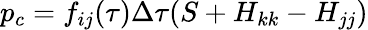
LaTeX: p_{c}=f_{ij}(\tau)\Delta\tau(S+H_{kk}-H_{jj})